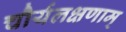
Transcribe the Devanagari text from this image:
चौर्यलक्षणाम्